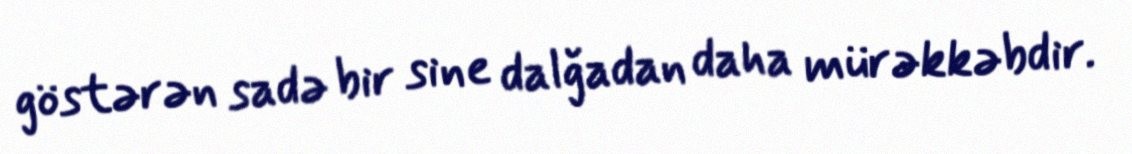
göstərən sadə bir sine dalğadan daha mürəkkəbdir.